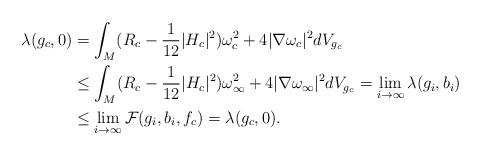
LaTeX: \begin{align*} \lambda(g_c,0)&=\int_M (R_c-\frac{1}{12}|H_c|^2)\omega_c^2+4|\nabla\omega_c|^2 dV_{g_c} \\&\leq \int_M (R_c-\frac{1}{12}|H_c|^2)\omega^2_{\infty}+4|\nabla\omega_{\infty}|^2dV_{g_c}=\lim_{i\to\infty} \lambda(g_i,b_i) \\&\leq \lim_{i\to\infty}\mathcal{F}(g_i,b_i,f_c)=\lambda(g_c,0).\end{align*}